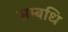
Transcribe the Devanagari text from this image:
सम्बधि